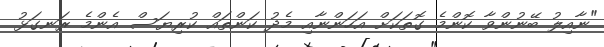
"ނާއިލު ބޭނުންވާ ކޮންމެ ގޮތަކަށް އަހަންނާއި މެދު ކަންތައް ކުރިޔަސް އެންމެ ރަނގަޅު